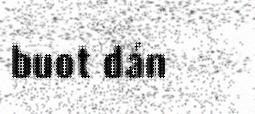
buot dán